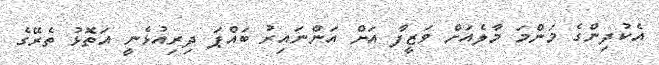
އެކުދިންގެ މަންމަ މާލެއަށް ވަޒީފާ އަށް އަންނައިރު ބައްޕަ ދިރިއުޅެނީ އަތޮޅު ތެރޭގެ